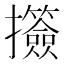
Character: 𢺅